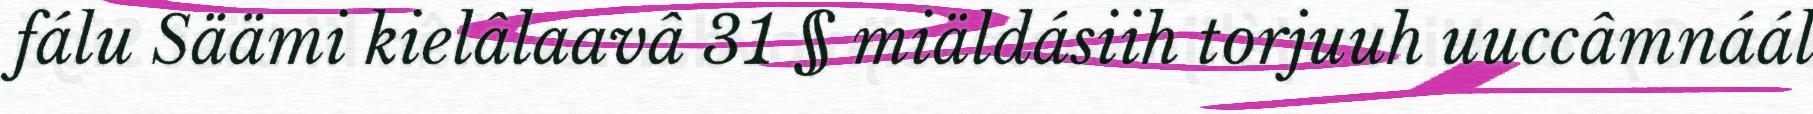
fálu Säämi kielâlaavâ 31 § miäldásiih torjuuh uuccâmnáál